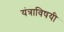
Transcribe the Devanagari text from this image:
यंत्राविषयी